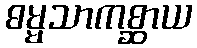
ဓမ္မသာကစ္ဆာယ